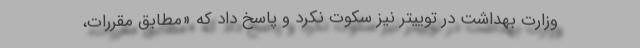
وزارت بهداشت در توییتر نیز سکوت نکرد و پاسخ داد که «مطابق مقررات،